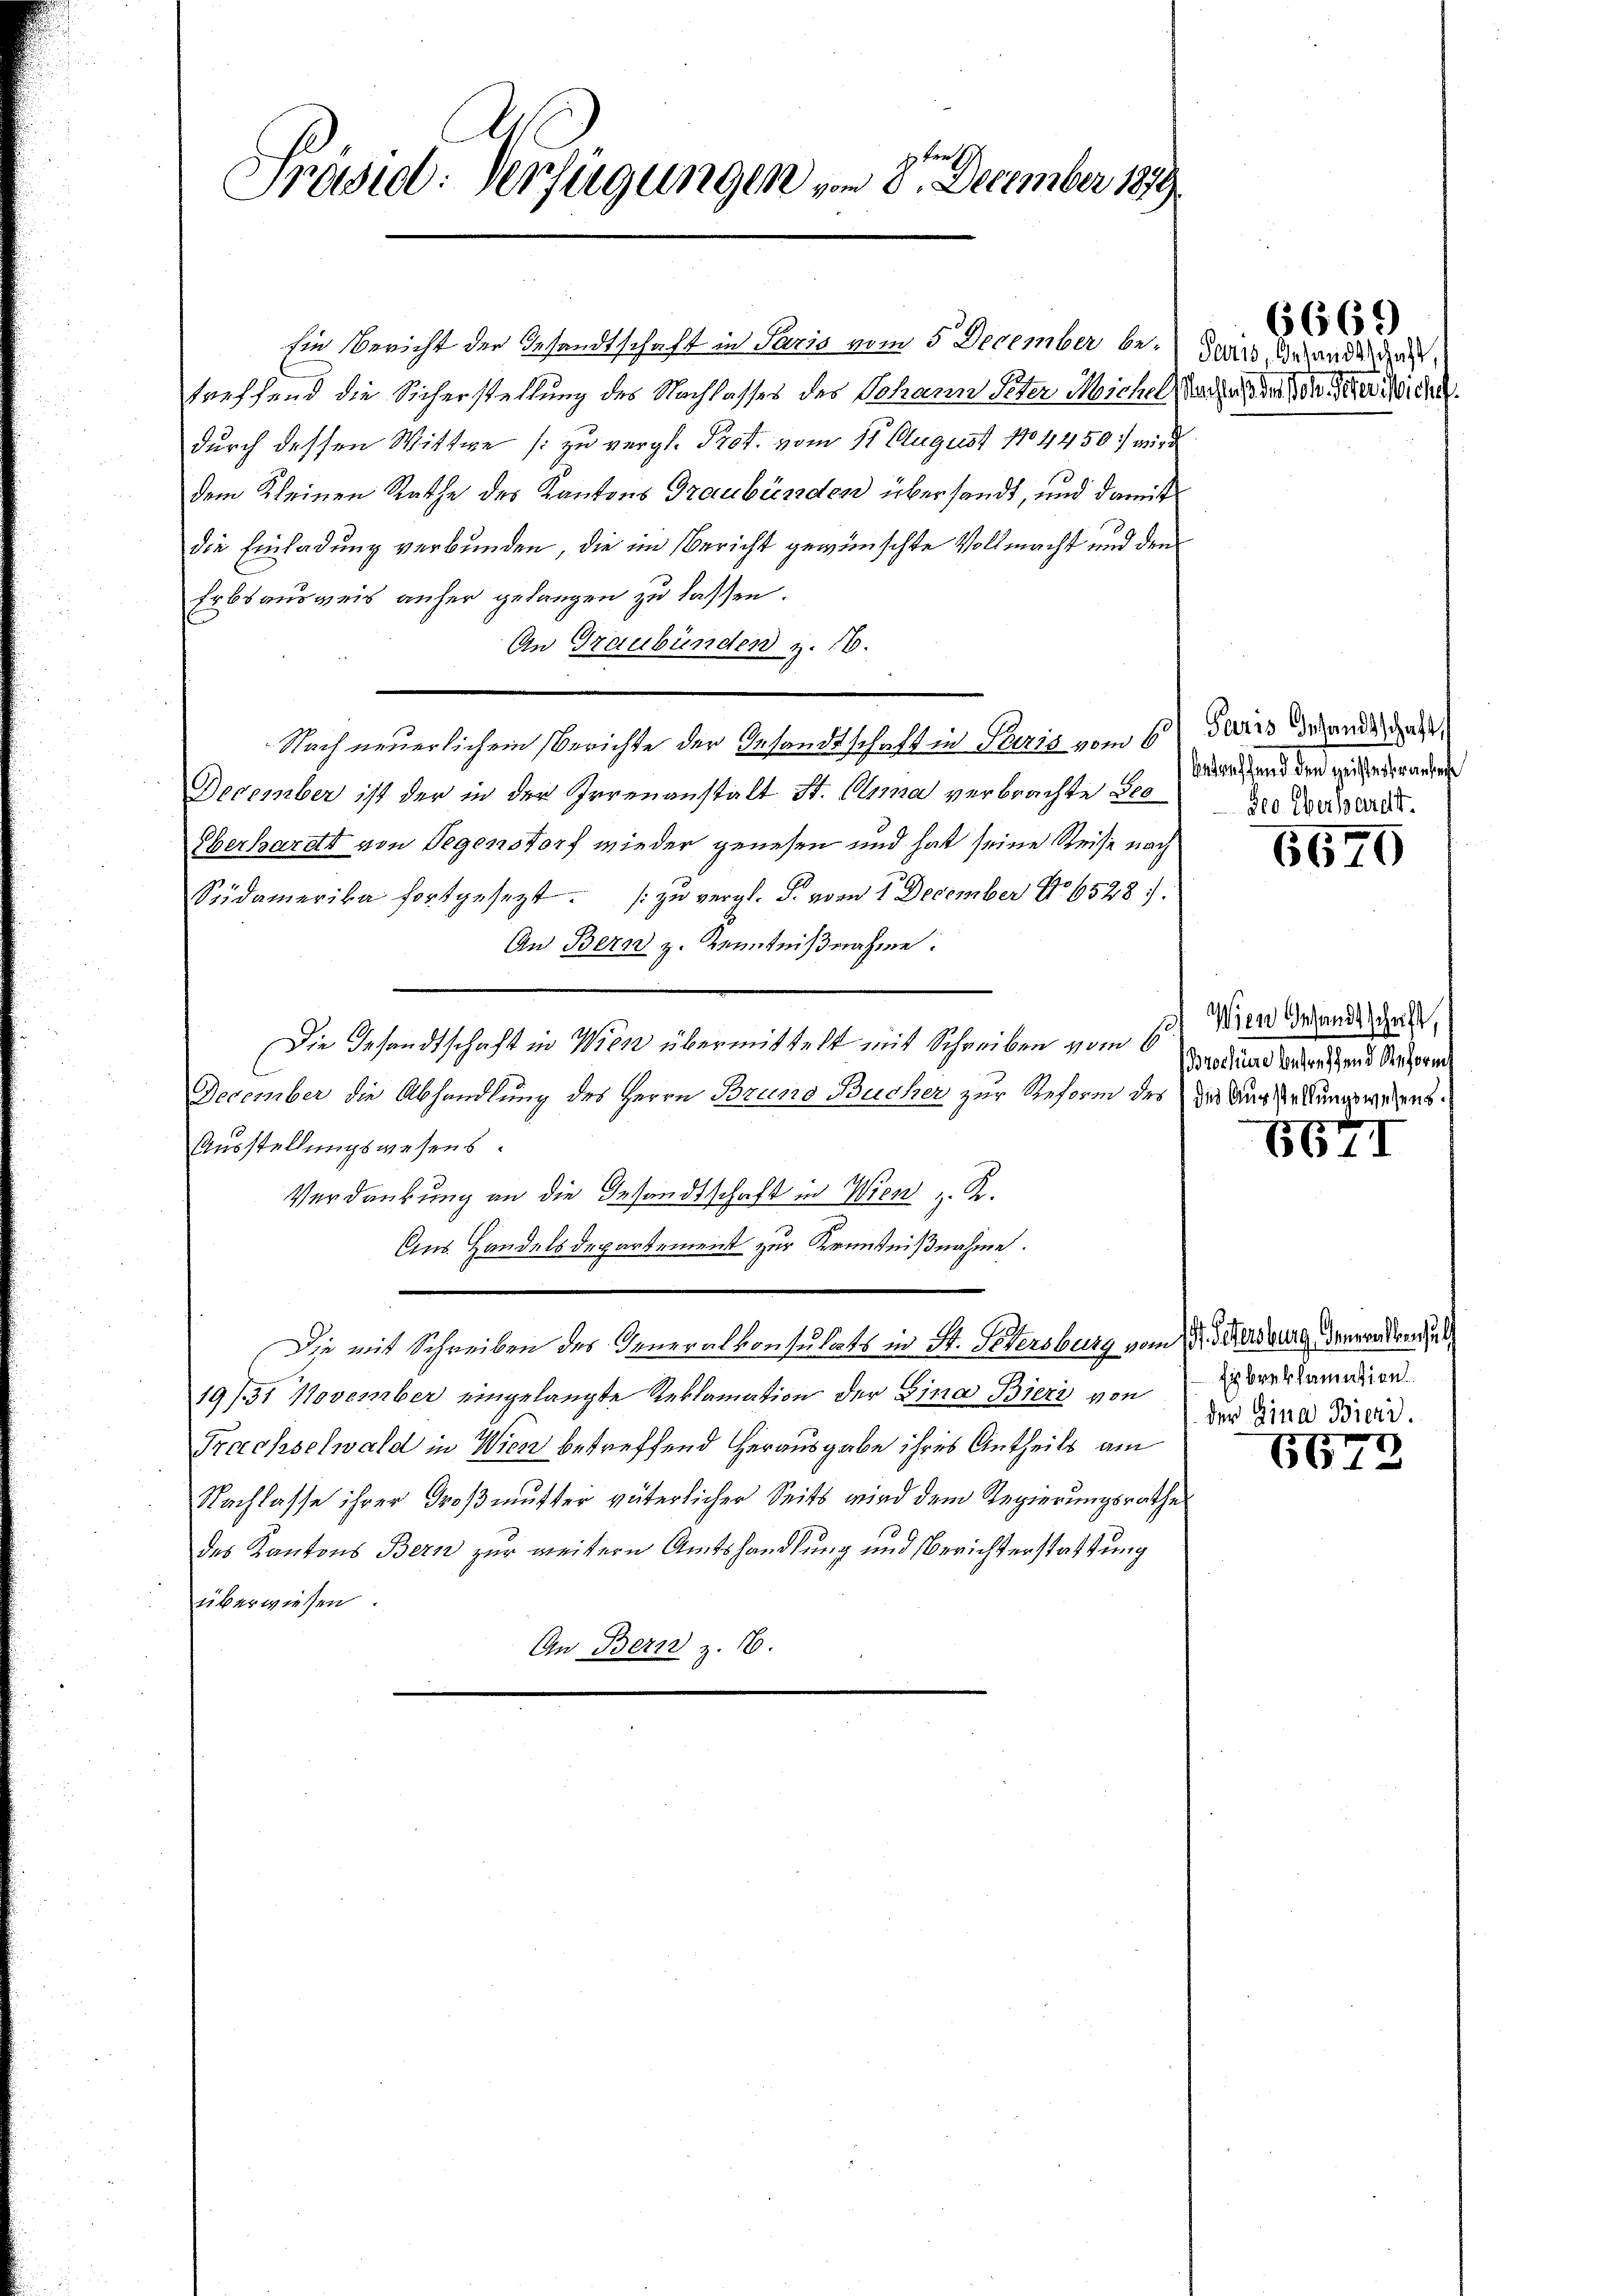
Präsid. Verfügungen vom 8. December 189

sie Bericht der Gesandtschaft in Paris vom 5 December be- dass erhanden das
treffend die Sicherstellung des Nachlasses des Johann Peter Michel, Nachah der Sohn da ich
durch dessen Wittwe zu vergl. Prof. vom 11. August 1804450 wird
dem Kleinen Rathe des Kantons Graubünden übersandt, und damit
die Einladung verbunden, die im Bericht gewünschte Vollmacht und dem
Erbsausweis anher gelangen zu lassen.
An Graubünden z. 16.
Nach neuerlichem Berichte der Gesandtschaft in Paris vom 6. Juris behande das
December ist der in der Irrenanstalt St. Ohnma verbrachte Seeder Verwartet.
Oberhardt von Gegenstorf wieder genesen und hat seine Reise nach
Südamerika fortgesezt. (zu vergl. J. vom 1. December Nr. 6528):
An Bern z. Kenntnißnahme:
Die Gesandtschaft in Wien übermittelt mit Schreiben vom 6.
December die Abhandlung des Herrn Bruno Bucher zur Reform des die Ausserungswesens
Ausstellungswesens.
Verdankung an die Gesandtschaft in Wien u. R.
Aus Handelsdepartement zur Kenntnißnahme.
Die mit Schreiben des Generalkonsulats in St. Petersburg vom der erdurg verordende
19/31 November eingelangte Reklamation der Lina Bieri von
Frachselwald in Wien betreffend Herausgabe ihres Antheils am
Nachlasse ihrer Großmutter väterlicher Seits wird dem Regierungsrathe
des Kantons Bern zur weitern Amtshandlung und Berichterstattung
überwiesen.
An Bern z. 16.

6669

Antraf fand den geisterbransache

6670

Wien Gesandtschrift,
Brochüre betreffend Reform

6671

Eisbreklamation
der Gina Bieri.

6672